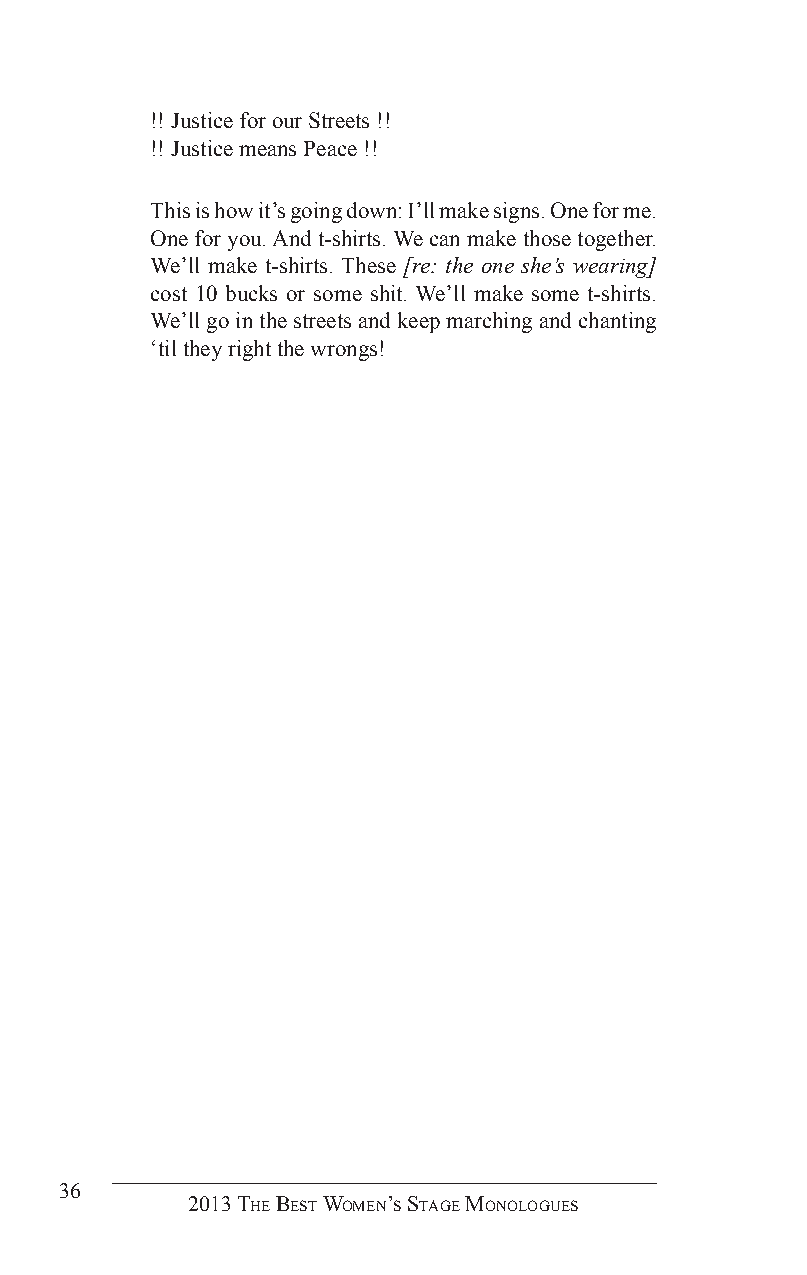
!! Justice for our Streets !!
 !! Justice means Peace !!
 This is how it’s going down: I’ll make signs. One for me.
 One for you. And t-shirts. We can make those together.
 We’ll make t-shirts. These [re: the one she’s wearing]
 cost 10 bucks or some shit. We’ll make some t-shirts.
 We’ll go in the streets and keep marching and chanting
 ‘til they right the wrongs!
 36
 2013 The BesT Women’s sTage monologues